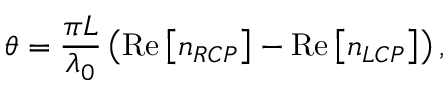
\theta = \frac { \pi L } { \lambda _ { 0 } } \left( \mathrm { R e } \left[ n _ { R C P } \right] - \mathrm { R e } \left[ n _ { L C P } \right] \right) ,